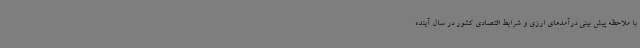
با ملاحظه پیش بینی درآمدهای ارزی و شرایط اقتصادی کشور در سال آینده